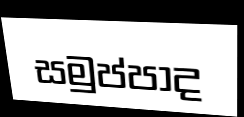
සමුප්පාද